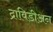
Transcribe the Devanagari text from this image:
द्राविडीअन